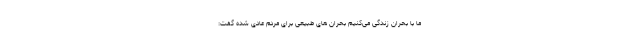
ما با بحران زندگی می‌کنیم بحران های طبیعی برای مردم عادی شده گفت: